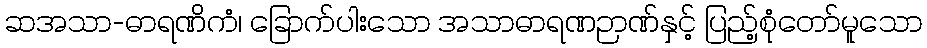
ဆအသာ-ဓာရဏိကံ၊ ခြောက်ပါးသော အသာဓာရဏဉာဏ်နှင့် ပြည့်စုံတော်မူသော